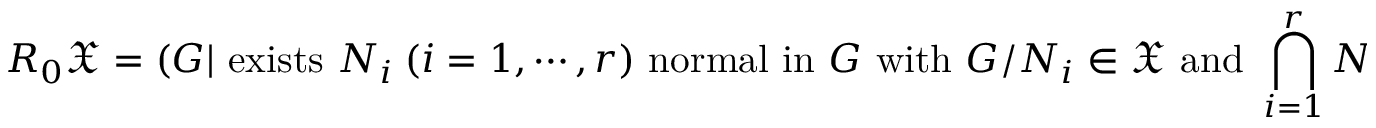
R _ { 0 } { \mathfrak { X } } = ( G | { \mathrm { ~ e x i s t s ~ } } N _ { i } \ ( i = 1 , \cdots , r ) { \mathrm { ~ n o r m a l ~ i n ~ } } G { \mathrm { ~ w i t h ~ } } G / N _ { i } \in { \mathfrak { X } } { \mathrm { ~ a n d ~ } } \bigcap _ { i = 1 } ^ { r } N i = 1 )